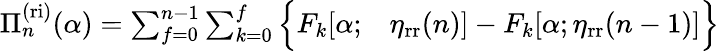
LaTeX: \begin{array}{rl}{\Pi_{n}^{\mathrm{(ri)}}(\alpha)=\sum_{f=0}^{n-1}\sum_{k=0}^{f}\Big\{ F_{k}[\alpha;}&{{}\eta_{\mathrm{rr}}(n)]-F_{k}[\alpha;\eta_{\mathrm{rr}}(n-1)]\Big\} }\end{array}